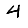
Digit: 4